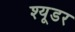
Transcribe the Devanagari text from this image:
श्यूडर